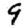
Digit: 9